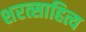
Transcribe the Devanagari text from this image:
शरत्साहित्य